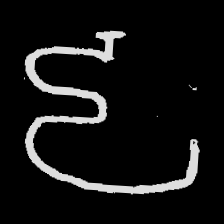
Pyu character \u2014 Myanmar letter: ဠ (romanized: lla)